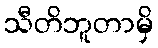
သီတိဘူတာမှိ